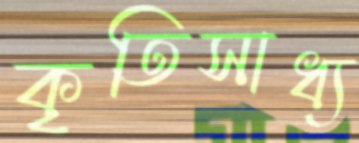
কৃতিসাধ্য